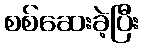
စစ်ဆေးခဲ့ပြီး